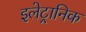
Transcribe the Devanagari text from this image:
इलेट्रानिक